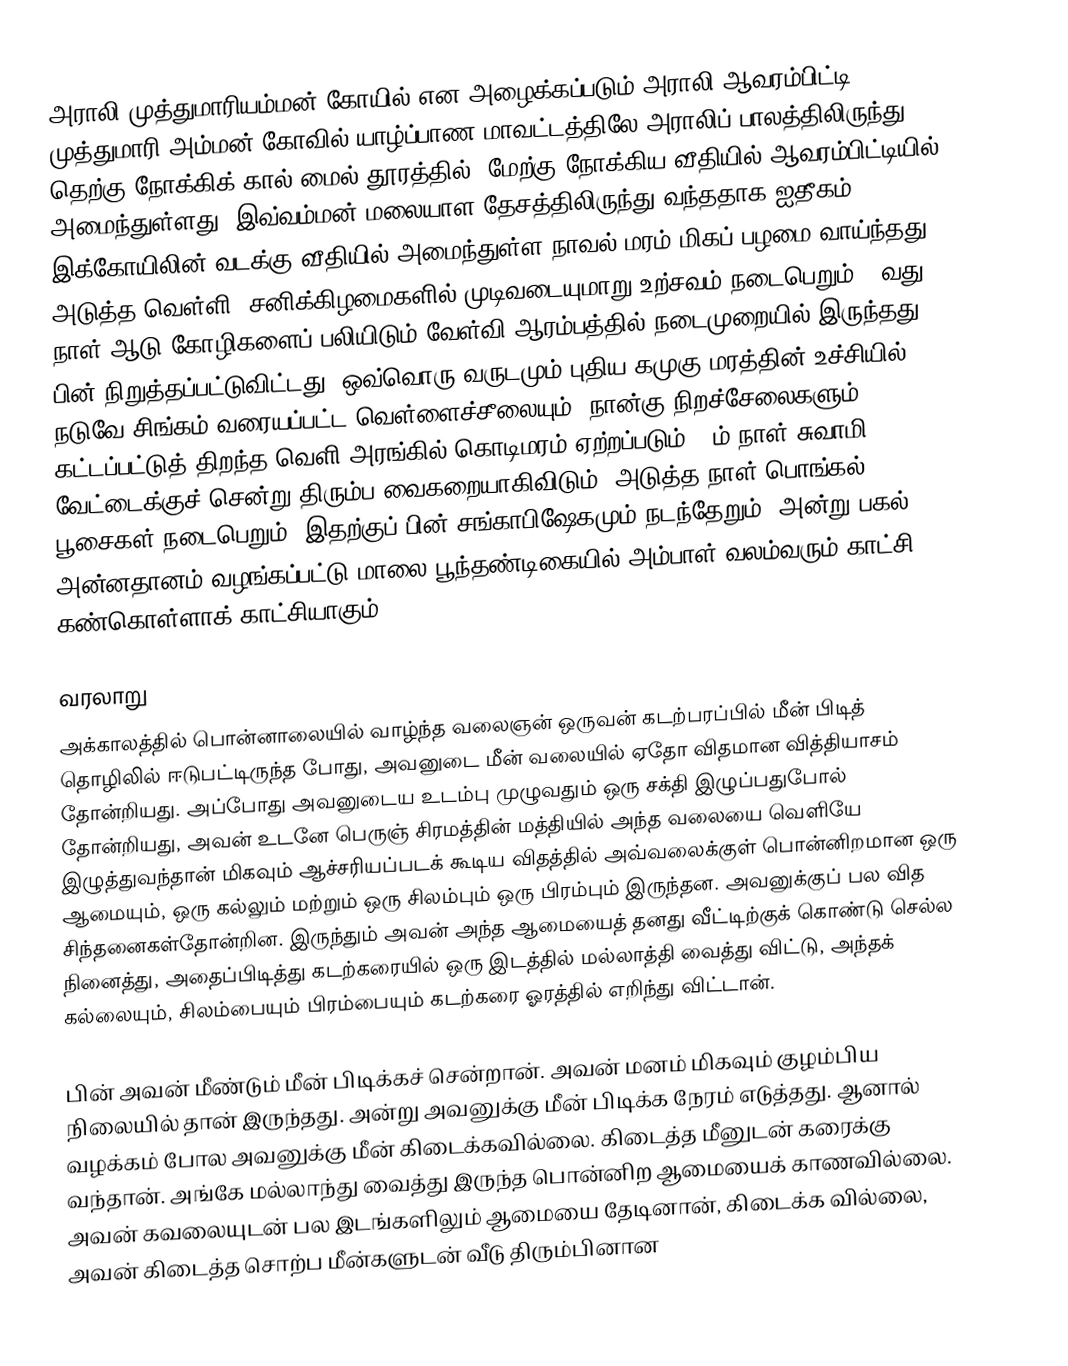
அராலி முத்துமாரியம்மன் கோயில் என அழைக்கப்படும் அராலி ஆவரம்பிட்டி முத்துமாரி அம்மன் கோவில்  யாழ்ப்பாண மாவட்டத்திலே அராலிப் பாலத்திலிருந்து தெற்கு நோக்கிக் கால் மைல் தூரத்தில், மேற்கு நோக்கிய வீதியில் ஆவரம்பிட்டியில் அமைந்துள்ளது. இவ்வம்மன் மலையாள தேசத்திலிருந்து வந்ததாக ஐதீகம். இக்கோயிலின் வடக்கு வீதியில் அமைந்துள்ள நாவல் மரம் மிகப் பழமை வாய்ந்தது. அடுத்த வெள்ளி, சனிக்கிழமைகளில் முடிவடையுமாறு உற்சவம் நடைபெறும். 9வது நாள் ஆடு கோழிகளைப் பலியிடும் வேள்வி ஆரம்பத்தில் நடைமுறையில் இருந்தது. பின் நிறுத்தப்பட்டுவிட்டது. ஒவ்வொரு வருடமும் புதிய கமுகு மரத்தின் உச்சியில் நடுவே சிங்கம் வரையப்பட்ட வெள்ளைச்சீலையும், நான்கு நிறச்சேலைகளும் கட்டப்பட்டுத் திறந்த வெளி அரங்கில் கொடிமரம் ஏற்றப்படும். 8ம் நாள் சுவாமி வேட்டைக்குச் சென்று திரும்ப வைகறையாகிவிடும். அடுத்த நாள் பொங்கல் பூசைகள் நடைபெறும். இதற்குப் பின் சங்காபிஷேகமும் நடந்தேறும். அன்று பகல் அன்னதானம் வழங்கப்பட்டு மாலை பூந்தண்டிகையில் அம்பாள் வலம்வரும் காட்சி கண்கொள்ளாக் காட்சியாகும்.

வரலாறு
அக்காலத்தில் பொன்னாலையில் வாழ்ந்த வலைஞன் ஒருவன் கடற்பரப்பில் மீன் பிடித் தொழிலில் ஈடுபட்டிருந்த போது, அவனுடை மீன் வலையில் ஏதோ விதமான வித்தியாசம் தோன்றியது. அப்போது அவனுடைய உடம்பு முழுவதும் ஒரு சக்தி இழுப்பதுபோல் தோன்றியது, அவன் உடனே பெருஞ் சிரமத்தின் மத்தியில் அந்த வலையை வெளியே இழுத்துவந்தான் மிகவும் ஆச்சரியப்படக் கூடிய விதத்தில் அவ்வலைக்குள் பொன்னிறமான ஒரு ஆமையும், ஒரு கல்லும் மற்றும் ஒரு சிலம்பும் ஒரு பிரம்பும் இருந்தன. அவனுக்குப் பல வித சிந்தனைகள்தோன்றின. இருந்தும் அவன் அந்த ஆமையைத் தனது வீட்டிற்குக் கொண்டு செல்ல நினைத்து, அதைப்பிடித்து கடற்கரையில் ஒரு இடத்தில் மல்லாத்தி வைத்து விட்டு, அந்தக் கல்லையும், சிலம்பையும் பிரம்பையும் கடற்கரை ஓரத்தில் எறிந்து விட்டான்.

பின் அவன் மீண்டும் மீன் பிடிக்கச் சென்றான். அவன் மனம் மிகவும் குழம்பிய நிலையில் தான் இருந்தது. அன்று அவனுக்கு மீன் பிடிக்க நேரம் எடுத்தது. ஆனால் வழக்கம் போல அவனுக்கு மீன் கிடைக்கவில்லை. கிடைத்த மீனுடன் கரைக்கு வந்தான். அங்கே மல்லாந்து வைத்து இருந்த பொன்னிற ஆமையைக் காணவில்லை. அவன் கவலையுடன் பல இடங்களிலும் ஆமையை தேடினான், கிடைக்க வில்லை, அவன் கிடைத்த சொற்ப மீன்களுடன் வீடு திரும்பினான